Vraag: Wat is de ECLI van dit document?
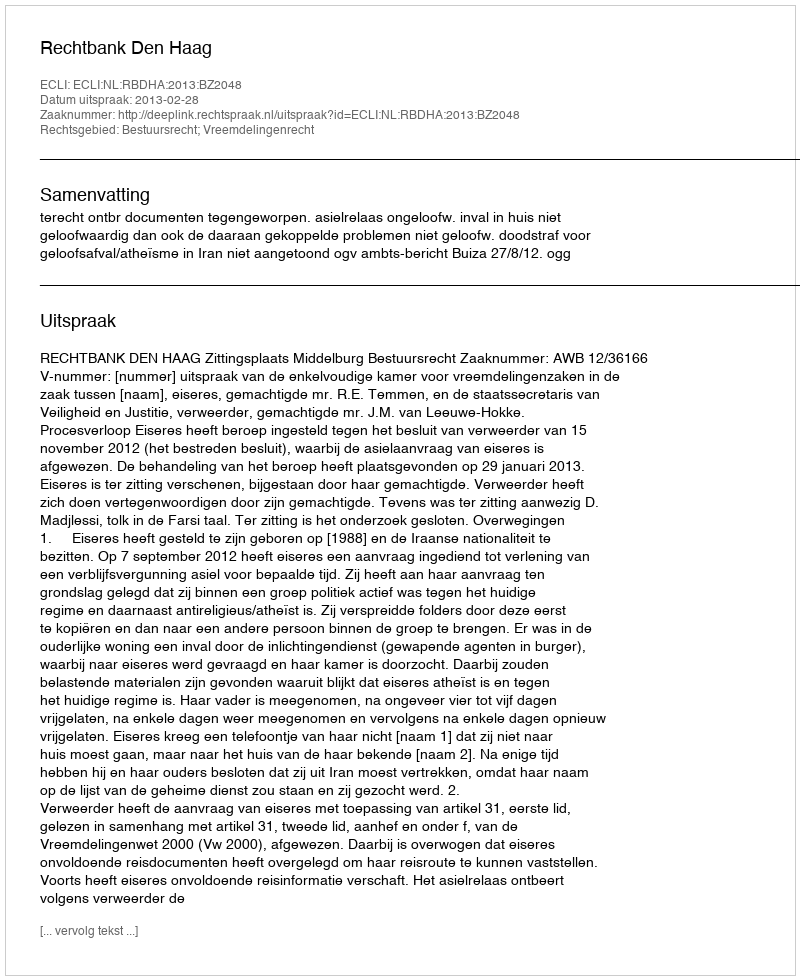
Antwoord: ECLI:NL:RBDHA:2013:BZ2048